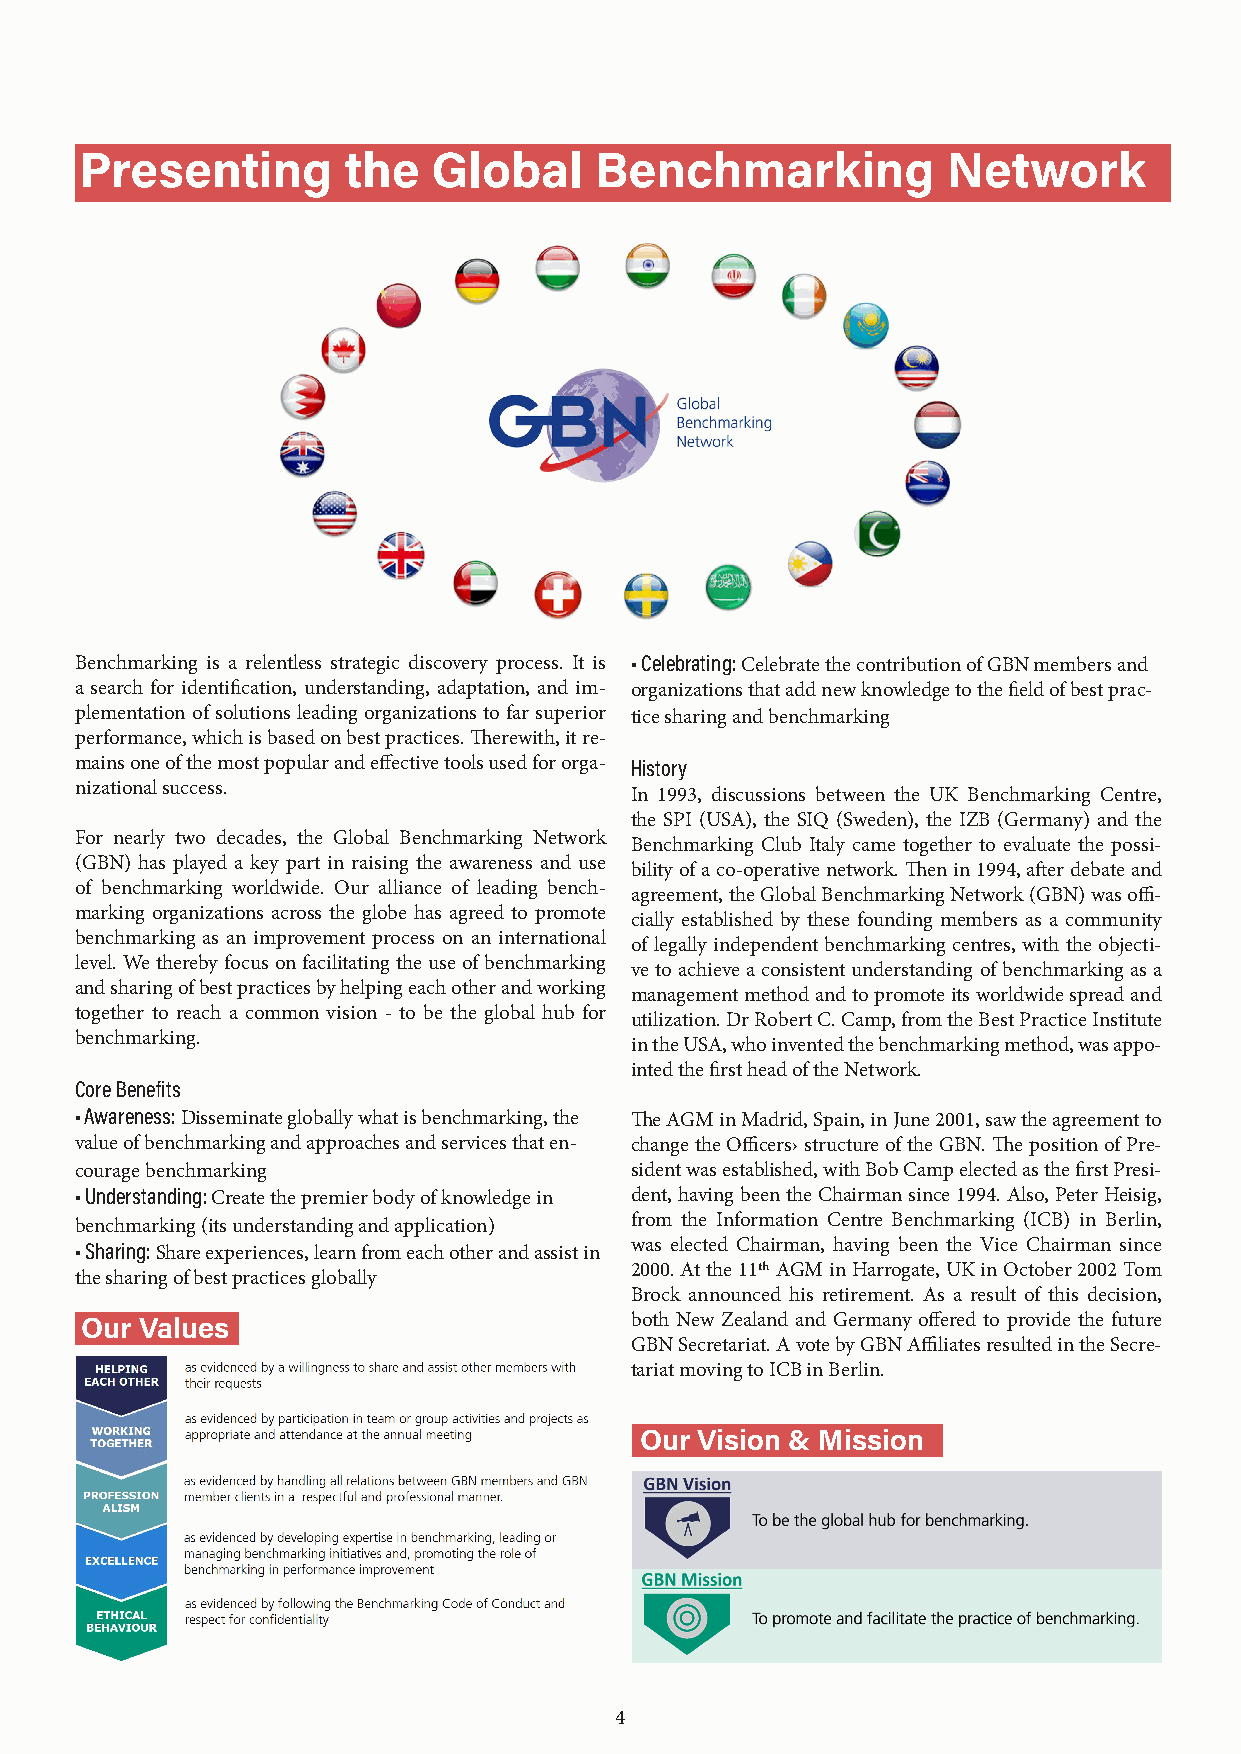
Presenting        the   Global    Benchmarking            Network
 Benchmarking is a relentless strategic discovery process. It is • Celebrating: Celebrate the contribution of GBN members and
 a search for identification, understanding, adaptation, and im- organizations that add new knowledge to the field of best prac-
 plementation of solutions leading organizations to far superior tice sharing and benchmarking
 performance, which is based on best practices. Therewith, it re-
 mains one of the most popular and effective tools used for orga- History
 nizational success.
 In 1993, discussions between the UK Benchmarking Centre,
 the SPI (USA), the SIQ (Sweden), the IZB (Germany) and the
 For nearly two decades, the Global Benchmarking Network
 Benchmarking Club Italy came together to evaluate the possi-
 (GBN) has played a key part in raising the awareness and use
 bility of a co-operative network. Then in 1994, after debate and
 of benchmarking worldwide. Our alliance of leading bench-
 agreement, the Global Benchmarking Network (GBN) was offi-
 marking organizations across the globe has agreed to promote
 cially established by these founding members as a community
 benchmarking as an improvement process on an international
 of legally independent benchmarking centres, with the objecti-
 level. We thereby focus on facilitating the use of benchmarking
 ve to achieve a consistent understanding of benchmarking as a
 and sharing of best practices by helping each other and working
 management method and to promote its worldwide spread and
 together to reach a common vision - to be the global hub for
 utilization. Dr Robert C. Camp, from the Best Practice Institute
 benchmarking.
 in the USA, who invented the benchmarking method, was appo-
 inted the first head of the Network.
 Core Benefits
 • Awareness: Disseminate globally what is benchmarking, the The AGM in Madrid, Spain, in June 2001, saw the agreement to
 value of benchmarking and approaches and services that en- change the Officers› structure of the GBN. The position of Pre-
 courage benchmarking                 sident was established, with Bob Camp elected as the first Presi-
 • Understanding: Create the premier body of knowledge in dent, having been the Chairman since 1994. Also, Peter Heisig,
 benchmarking (its understanding and application) from the Information Centre Benchmarking (ICB) in Berlin,
 • Sharing: Share experiences, learn from each other and assist in was elected Chairman, having been the Vice Chairman since
 2000. At the 11th AGM in Harrogate, UK in October 2002 Tom
 the sharing of best practices globally
 Brock announced his retirement. As a result of this decision,
 Our Values                           both New Zealand and Germany offered to provide the future
 GBN Secretariat. A vote by GBN Affiliates resulted in the Secre-
 tariat moving to ICB in Berlin.
 Our Vision & Mission
 4